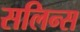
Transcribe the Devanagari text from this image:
सलिन्स